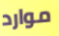
موارد